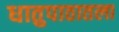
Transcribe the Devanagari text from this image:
धातुपाठातला